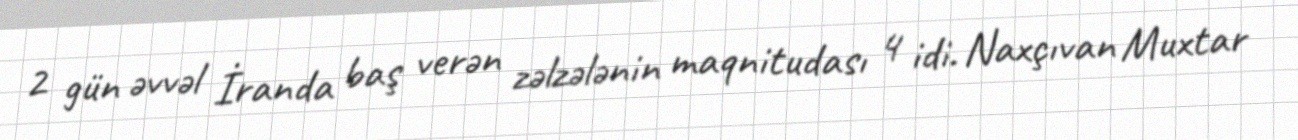
2 gün əvvəl İranda baş verən zəlzələnin maqnitudası 4 idi. Naxçıvan Muxtar